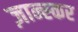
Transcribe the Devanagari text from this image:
ज़ान्स्कर